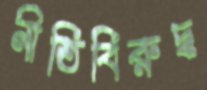
নীতিবিরুদ্ধ